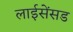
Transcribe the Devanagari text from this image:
लाईसेंसड